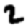
Digit: 2